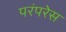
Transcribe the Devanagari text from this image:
परंपरेस